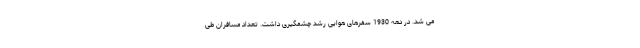
می شد. در دهه 1930 سفرهای هوایی رشد چشمگیری داشت. تعداد مسافران طی